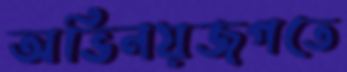
অভিনয়জগতে